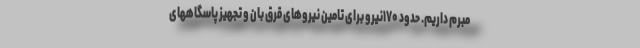
مبرم داریم. حدود ۱۷۰نیرو برای تامین نیروهای قرق بان و‌ تجهیز پاسگاههای